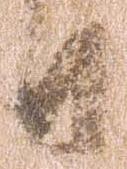
日